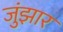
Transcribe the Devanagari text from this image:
जुंझार